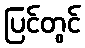
ပြင်တွင်